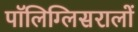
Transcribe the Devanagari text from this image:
पॉलिग्लिसरालों